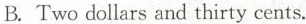
B.Two dollars and thirty cents.